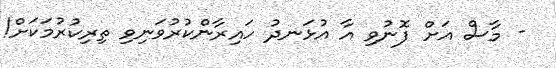
- މާސް އަށް ފޮނުވި އާ އުޅަނދު ހައިރާންކުރުވަނިވި ތިރިކުރުމަކަށް!